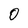
Character: 0